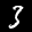
Label: 3